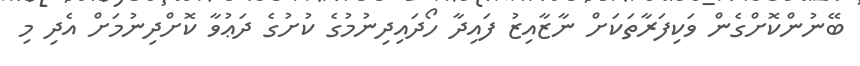
ބޭނުންކޮށްގެން ވަކިފަރާތަކަށް ނާޒާއިޒު ފައިދާ ހޯދައިދިނުމުގެ ކުށުގެ ދަޢުވާ ކޮށްދިނުމަށް އެދި މި